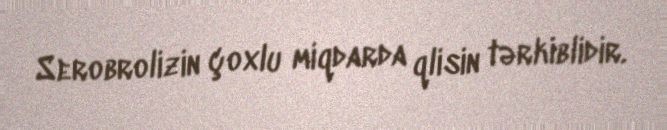
Serobrolizin çoxlu miqdarda qlisin tərkiblidir.